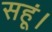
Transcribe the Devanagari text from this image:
सहूं।